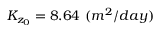
K _ { z _ { 0 } } = 8 . 6 4 ~ ( m ^ { 2 } / d a y )